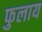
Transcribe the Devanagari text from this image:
फुलाय